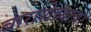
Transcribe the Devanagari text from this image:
बाराशेच्यावर